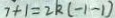
7 + 1 = 2 k ( - 1 - 1 )